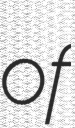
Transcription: of